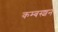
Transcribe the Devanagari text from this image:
कम्बस्शन